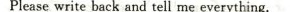
Please write back and tell me everything.